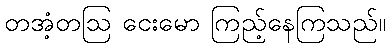
တအံ့တဩ ငေးမော ကြည့်နေကြသည်။